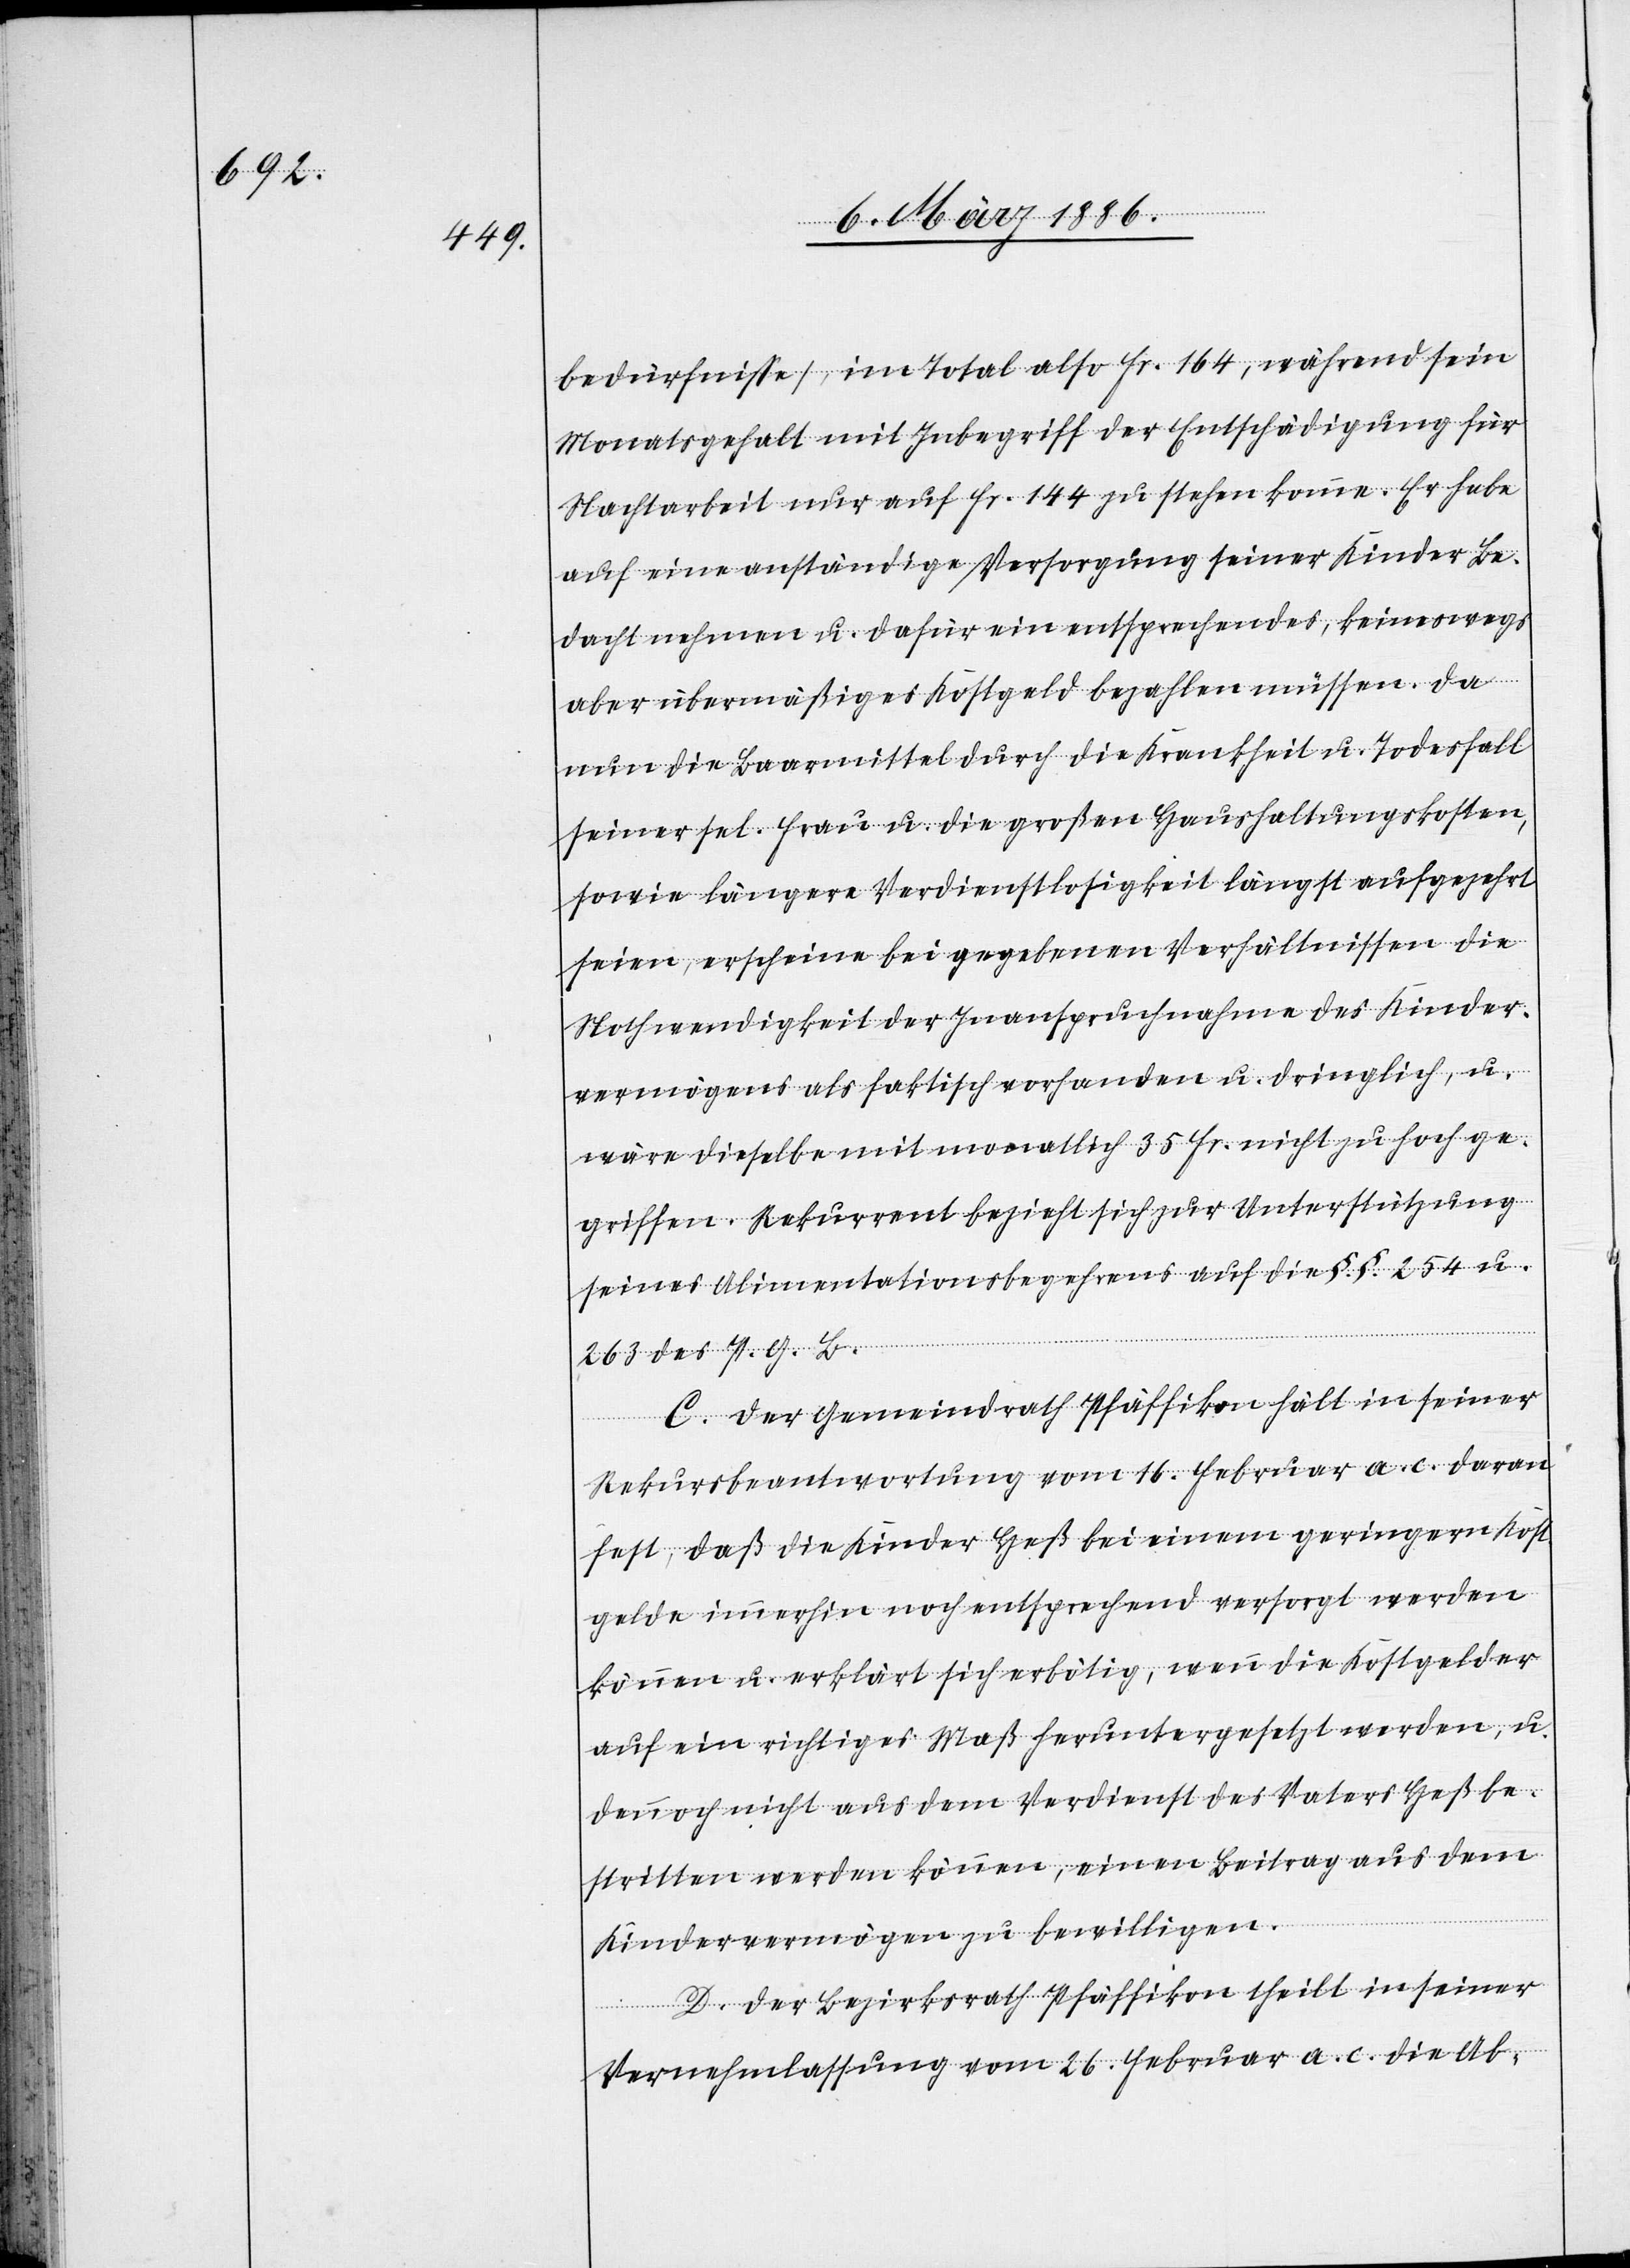
bedürfnisse), im Total also Fr. 164, während sein
Monatsgehalt mit Inbegriff der Entschädigung für
Nachtarbeit nur auf Fr. 144 zu stehen komme. Er habe
auf eine anständige Versorgung seiner Kinder Be¬
dacht nehmen u. dafür ein entsprechendes, keineswegs
aber übermäßiges Kostengeld bezahlen müssen. Da
nun die Baarmittel durch die Krankheit u. Todesfall
seiner sel. Frau u. die großen Haushaltungskosten,
sowie längere Verdienstlosigkeit längst aufgezehrt
seien, erscheine bei gegebenen Verhältnissen die
Nothwendigkeit der Inanspruchnahme des Kinder¬
vermögens als faktisch vorhanden u. dringlich, u.
wäre dieselbe mit monatlich 35 Fr. nicht zu hoch ge¬
griffen. Rekurrent bezieht zur Unterstützung
seines Alimentationsbegehrens auf die §. §. 254 u.
263 des P. G. B.
C. Der Gemeindrath Pfäffikon hält in seiner
Rekursbeantwortung vom 16. Februar a. c. daran
fest, daß die Kinder Heß bei einem geringeren Kost¬
gelde immerhin noch entsprechend versorgt werden
können u. erklärt sich erbötig, wenn die Kostgelder
auf ein richtiges Maß heruntergesetzt werden, u.
dennoch nicht aus dem Verdienst des Vaters Heß be¬
stritten werden können, einen Beitrag aus dem
Kindervermögen zu bewilligen.
D. Der Bezirksrath Pfäffikon theilt in seiner
Vernehmlassung vom 26. Februar a. c. die Ab-